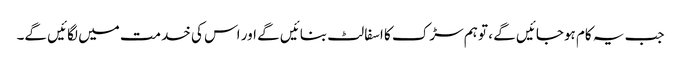
جب یہ کام ہوجائیں گے ، تو ہم سڑک کا اسفالٹ بنائیں گے اور اس کی خدمت میں لگائیں گے۔